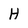
Character: H